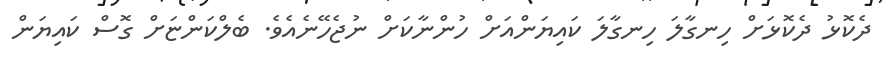
ދެކޮޅު ދެކޮޅަށް ހިނގާލަ ހިނގާލަ ކައިޔަންއަށް ހުންނާކަށް ނުޖެހޭނެއެވެ. ބެލްކަންޏަށް ގޮސް ކައިޔަން